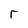
Character: r